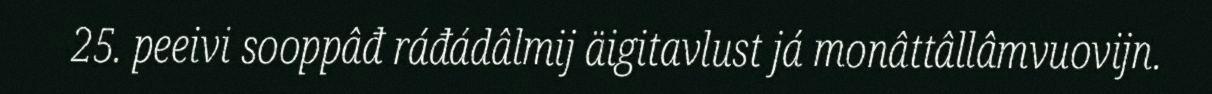
25. peeivi sooppâđ ráđádâlmij äigitavlust já monâttâllâmvuovijn.